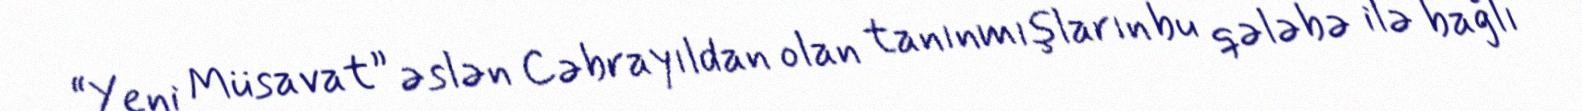
“Yeni Müsavat” əslən Cəbrayıldan olan tanınmışların bu qələbə ilə bağlı